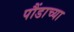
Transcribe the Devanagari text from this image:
पौंडाच्या